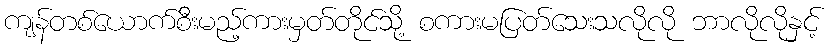
ကျန်တစ်ယောက်စီးမည့်ကားမှတ်တိုင်သို့ စကားမပြတ်သေးသလိုလို ဘာလိုလိုနှင့်